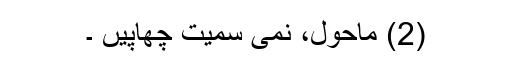
(2) ماحول، نمی سمیت چھاپیں ۔